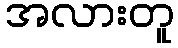
အလားတူ